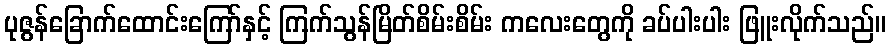
ပုဇွန်ခြောက်ထောင်းကြော်နှင့် ကြက်သွန်မြိတ်စိမ်းစိမ်း ကလေးတွေကို ခပ်ပါးပါး ဖြူးလိုက်သည်။